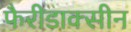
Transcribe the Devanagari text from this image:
फैरीडाक्सीन